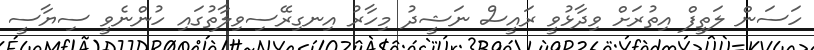
ހަސަން ލަތީފް އިތުރަށް ވިދާޅުވީ ރައީސް ނަޝީދު މިހާރު އިނގިރޭސިވިލާތުގައި ހުންނެވީ ސިޔާސީ